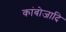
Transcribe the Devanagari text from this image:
कांबोजादि